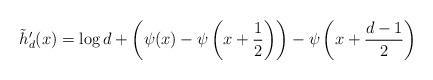
LaTeX: \begin{align*}\tilde{h}_d'(x) = \log d + \left(\psi(x) - \psi\left(x+\frac12\right)\right) - \psi\left(x + \frac{d-1}{2}\right)\end{align*}